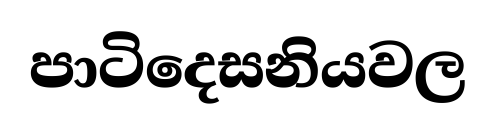
පාටිදෙසනියවල